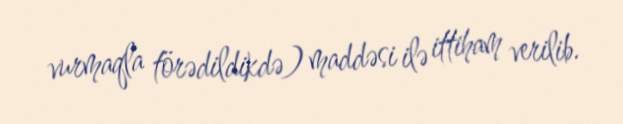
vurmaqla törədildikdə) maddəsi ilə ittiham verilib.